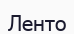
Ленто